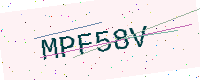
Text: MPF58V